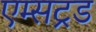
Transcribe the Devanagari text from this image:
एम्सट्रड